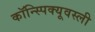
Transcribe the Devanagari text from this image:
कॉन्स्पिक्यूवस्ली